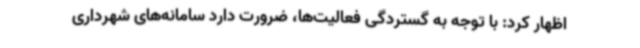
اظهار کرد: با توجه به گستردگی فعالیت‌ها، ضرورت دارد سامانه‌های شهرداری